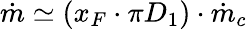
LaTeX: \dot{m}\simeq(x_{F}\cdot\pi D_{1})\cdot\dot{m}_{c}